Report on vaccination North-West Frontier Province 1904-1922 - 1904-1922
Year: 1904
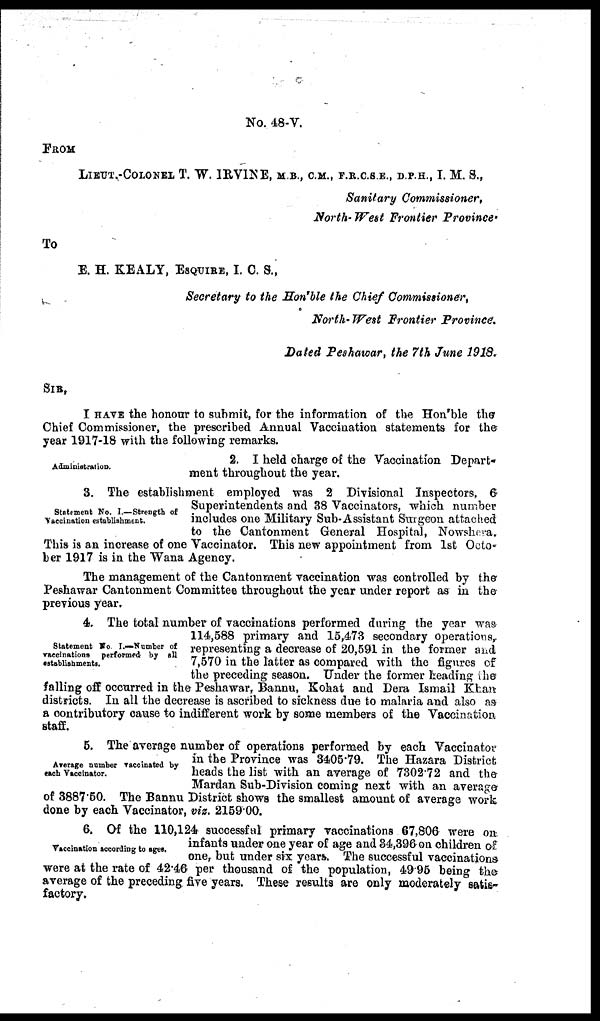
No. 48-V.
FROM
LIEUT.-COLONEL T. W. IRVINE, M.B., C.M., F.R.C.S.E., D.P.H., I. M. S.,
Sanitary Commissioner,
North- West Frontier Province.
To
E. H. KEALY, ESQUIRE, I. C. S.,
Secretary to the Hon'ble the Chief Commissioner,
North-West Frontier Province.
Dated Peshawar, the 7th June 1918.
SIR,
I HAVE the honour to submit, for the information of the Hon'ble the
Chief Commissioner, the prescribed Annual Vaccination statements for the
year 1917-18 with the following remarks.
Administration.
2. I held charge of the Vaccination Depart-
ment throughout the year.
Statement No. I.—Strength of
Vaccination establishment.
3. The establishment employed was 2 Divisional Inspectors, 6
Superintendents and 38 Vaccinators, which number
includes one Military Sub-Assistant Surgeon attached
to the Cantonment General Hospital, Nowshera.
This is an increase of one Vaccinator. This new appointment from 1st Octo-
ber 1917 is in the Wana Agency.
The management of the Cantonment vaccination was controlled by the
Peshawar Cantonment Committee throughout the year under report as in the
previous year.
Statement No I.—Number of
vaccinations performed by all
establishments.
4. The total number of vaccinations performed during the year was
114,588 primary and 15,473 secondary operations,
representing a decrease of 20,591 in the former and
7,570 in the latter as compared with the figures of
the preceding season. Under the former heading the
falling off occurred in the Peshawar, Bannu, Kohat and Dera Ismail Khan
districts. In all the decrease is ascribed to sickness due to malaria and also as
a contributory cause to indifferent work by some members of the Vaccination
staff.
Average number vaccinated by
each Vaccinator.
5. The average number of operations performed by each Vaccinator
in the Province was 3405.79. The Hazara District
heads the list with an average of 7302.72 and the
Mardan Sub-Division coming next with an average
of 3887.50. The Bannu District shows the smallest amount of average work
done by each Vaccinator, viz. 2159.00.
Vaccination according to ages.
6. Of the 110,124 successful primary vaccinations 67,806 were on
infants under one year of age and 34,396 on children of
one, but under six years. The successful vaccinations
were at the rate of 42.46 per thousand of the population, 49.95 being the
average of the preceding five years. These results are only moderately satis-
factory.